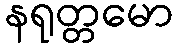
နရုတ္တမော